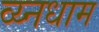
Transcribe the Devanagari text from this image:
व्य्नधाम